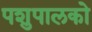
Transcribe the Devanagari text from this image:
पशुपालको